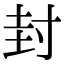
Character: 封